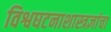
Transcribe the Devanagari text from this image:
विश्वघटनाशास्त्रज्ञांचा